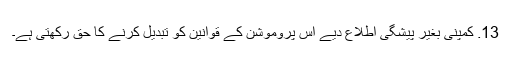
13. کمپنی بغیر پیشگی اطلاع دیے اس پروموشن کے قوانین کو تبدیل کرنے کا حق رکھتی ہے۔